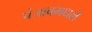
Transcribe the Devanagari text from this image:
पंजाबमधले